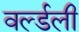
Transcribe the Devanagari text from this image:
वर्ल्डली